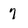
Character: 7